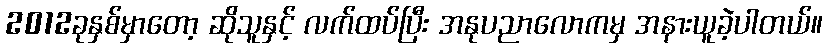
2012ခုနှစ်မှာတော့ ဆိုသူနှင့် လက်ထပ်ပြီး အနုပညာလောကမှ အနားယူခဲ့ပါတယ်။